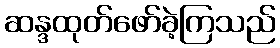
ဆန္ဒထုတ်ဖော်ခဲ့ကြသည်